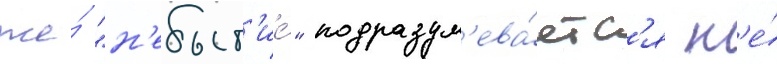
же́ "н'ебыт'ие́" подразум'ева́етс'я н'е́